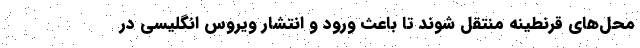
محل‌های قرنطینه منتقل شوند تا باعث ورود و انتشار ویروس انگلیسی در